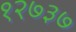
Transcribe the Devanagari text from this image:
१२७३७